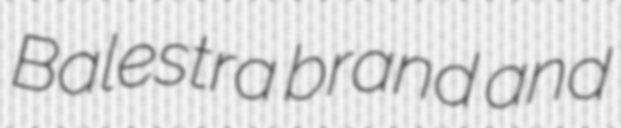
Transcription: Balestra brand and